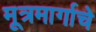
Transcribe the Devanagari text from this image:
मूत्रमार्गाचे